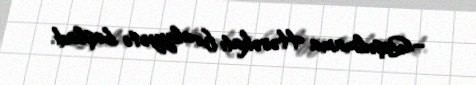
–Qoşulmama Hərəkatı fəaliyyətə başladı.